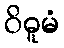
ဝိဓူမံ